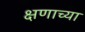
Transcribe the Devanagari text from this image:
क्षणाच्या